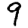
Digit: 9